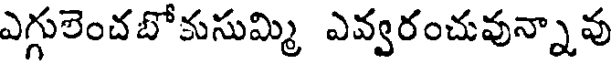
ఎగ్గులెంచబోకుసుమ్మి ఎవ్వరంచువున్నావు